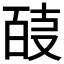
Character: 𭆴